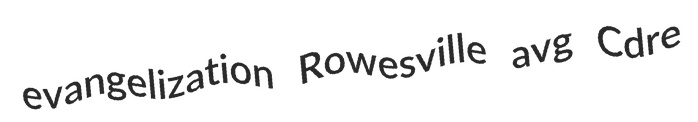
evangelization Rowesville avg Cdre